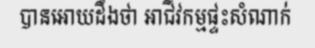
បានអោយដឹងថា អាជីវកម្មផ្ទះសំណាក់